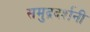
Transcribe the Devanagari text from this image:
समुद्रदर्शनी